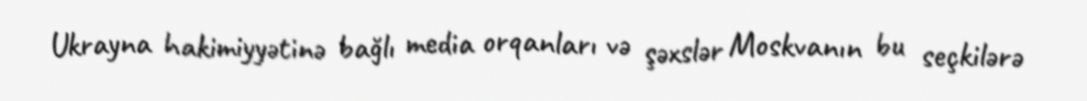
Ukrayna hakimiyyətinə bağlı media orqanları və şəxslər Moskvanın bu seçkilərə